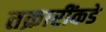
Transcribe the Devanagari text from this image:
तक्रारींकडे